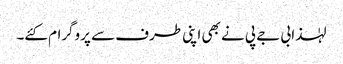
لہٰذا بی جے پی نے بھی اپنی طرف سے پروگرام کئے۔